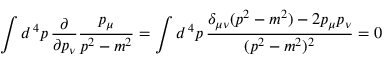
\int d ^ { \, 4 } p \, { \frac { \partial } { \partial p _ { \nu } } } { \frac { p _ { \mu } } { p ^ { 2 } - m ^ { 2 } } } = \int d ^ { \, 4 } p \, { \frac { \delta _ { \mu \nu } ( p ^ { 2 } - m ^ { 2 } ) - 2 p _ { \mu } p _ { \nu } } { ( p ^ { 2 } - m ^ { 2 } ) ^ { 2 } } } = 0